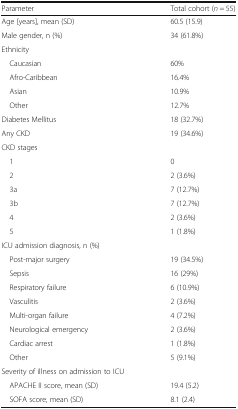
| Parameter | Total cohort (n = 55) |
 | --- | --- |
 | Age [years], mean (SD) | 60.5 (15.9) |
 | Male gender, n (%) | 34 (61.8%) |
 | <COLSPAN=2> Ethnicity |
 | Caucasian | 60% |
 | Afro-Caribbean | 16.4% |
 | Asian | 10.9% |
 | Other | 12.7% |
 | Diabetes Mellitus | 18 (32.7%) |
 | Any CKD | 19 (34.6%) |
 | <COLSPAN=2> CKD stages |
 | 1 | 0 |
 | 2 | 2 (3.6%) |
 | 3a | 7 (12.7%) |
 | 3b | 7 (12.7%) |
 | 4 | 2 (3.6%) |
 | 5 | 1 (1.8%) |
 | <COLSPAN=2> ICU admission diagnosis, n (%) |
 | Post-major surgery | 19 (34.5%) |
 | Sepsis | 16 (29%) |
 | Respiratory failure | 6 (10.9%) |
 | Vasculitis | 2 (3.6%) |
 | Multi-organ failure | 4 (7.2%) |
 | Neurological emergency | 2 (3.6%) |
 | Cardiac arrest | 1 (1.8%) |
 | Other | 5 (9.1%) |
 | <COLSPAN=2> Severity of illness on admission to ICU |
 | APACHE II score, mean (SD) | 19.4 (5.2) |
 | SOFA score, mean (SD) | 8.1 (2.4) |